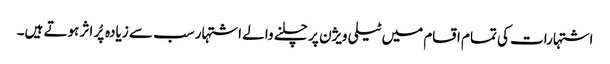
اشتہارات کی تمام اقسام میں ٹیلی ویژن پر چلنے والے اشتہار سب سے زیادہ پُر اثر ہوتے ہیں۔